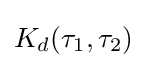
K_{d}(\tau _{1},\tau _{2})